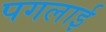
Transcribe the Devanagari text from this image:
पगलाई